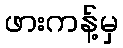
ဖားကန့်မှ